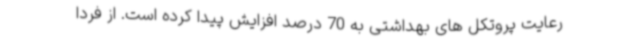
رعایت پروتکل های بهداشتی به 70 درصد افزایش پیدا کرده است. از فردا